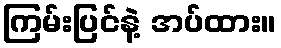
ကြမ်းပြင်နဲ့ အပ်ထား။